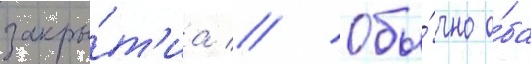
закры́т'иа // Обы́чно о́ба